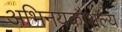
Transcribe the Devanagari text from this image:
अभिनयकौशल्य